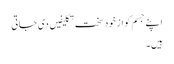
اپنے جسم کو از خود سخت تکلیفیں دی جاتی
ہیں۔